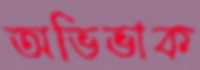
অভিভাক